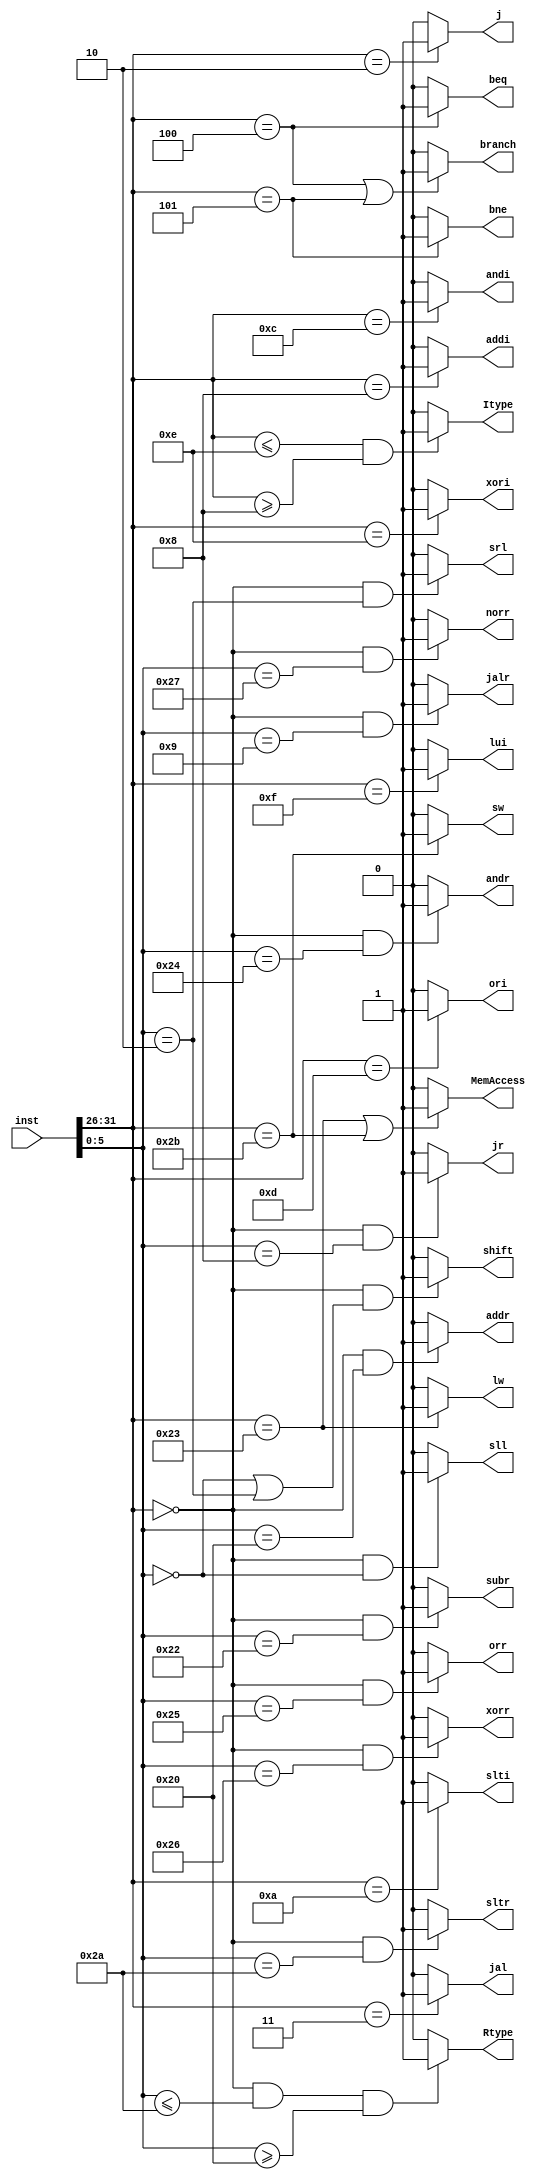
module M_decoder( input [31:0] inst,
						output Rtype, Itype, shift, MemAccess, branch,
								 addr, subr, andr, orr, sltr, norr, xorr,
								 srl, sll, j, jr, jal, jalr, beq, bne,
								 addi, andi, ori, slti, xori, lui, lw, sw
    );
	 
	 wire [5:0] op, func;
	 assign op = inst[31:26];
	 assign func = inst[5:0];
	 
	 assign j = (op == 6'd2) ? 1 : 0;
	 assign jal = (op ==  6'd3) ? 1 : 0;
	 assign beq = (op == 6'd4) ? 1 : 0;
	 assign bne = (op == 6'd5) ? 1 : 0;
	 assign addi = (op == 6'd8) ? 1 : 0;
	 assign slti = (op == 6'd10) ? 1 : 0;
	 assign andi = (op == 6'd12) ? 1 : 0;
	 assign ori = (op == 6'd13) ? 1 : 0;
	 assign xori = (op == 6'd14) ? 1 : 0;
	 assign lui = (op == 6'd15) ? 1 : 0;
	 assign lw = (op == 6'd35) ? 1 : 0;
	 assign sw = (op == 6'd43) ? 1 : 0;
	 assign sll = (op == 6'd0 && func == 6'd0) ? 1 : 0;
	 assign srl = (op == 6'd0 && func == 6'd2) ? 1 : 0;
	 assign jr = (op == 6'd0 && func == 6'd8) ? 1 : 0;
	 assign jalr = (op == 6'd0 && func == 6'd9) ? 1 : 0;
	 assign addr = (op == 6'd0 && func == 6'd32) ? 1 : 0;
	 assign subr = (op == 6'd0 && func == 6'd34) ? 1 : 0;
	 assign andr = (op == 6'd0 && func == 6'd36) ? 1 : 0;
	 assign orr = (op == 6'd0 && func == 6'd37) ? 1 : 0;
	 assign xorr = (op == 6'd0 && func == 6'd38) ? 1 : 0;
	 assign norr = (op == 6'd0 && func == 6'd39) ? 1 : 0;
	 assign sltr = (op == 6'd0 && func == 6'd42) ? 1 : 0;
	 
	 assign MemAccess = (op == 6'd35 || op == 6'd43) ? 1 : 0;
	 assign shift = (op == 6'd0 && (func == 6'd0 || func == 6'd2) ) ? 1 : 0;
	 assign branch = (op == 6'd4 || op == 6'd5) ? 1 : 0;
	 assign Rtype = (op == 6'd0 && func <= 6'd42 && func >= 6'd32) ? 1 : 0;
	 assign Itype = (op <= 6'd14 && op >= 6'd8) ? 1 : 0;
	 
endmodule